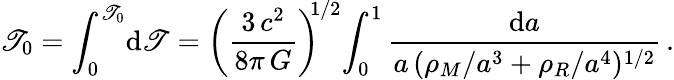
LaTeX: \mathscr{T}_{0}=\int_{0}^{\mathscr{T}_{0}}\! \mathrm{{d}}\mathscr{T}=\left(\frac{{3\, c^{2}}}{{8\pi\, G}}\right)^{\! \! 1/2}\! \int_{0}^{1}\frac{{\mathrm{{d}}a}}{{a\, (\rho_{M}/a^{3}+\rho_{R}/a^{4})^{1/2}}}\, .